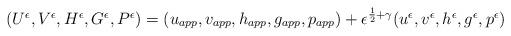
LaTeX: \begin{align*}\begin{array}{lll}(U^\epsilon,V^\epsilon,H^\epsilon,G^\epsilon,P^\epsilon)=(u_{app},v_{app},h_{app},g_{app},p_{app})+\epsilon^{\frac{1}{2}+\gamma}(u^\epsilon,v^\epsilon,h^\epsilon,g^\epsilon,p^\epsilon)\end{array}\end{align*}